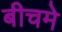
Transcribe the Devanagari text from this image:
बीचमे